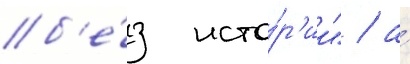
б'е́з исто́р'ии" / а́